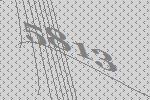
5813